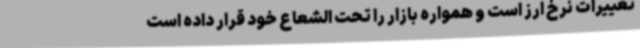
تغییرات نرخ ارز است و همواره بازار را تحت الشعاع خود قرار داده است